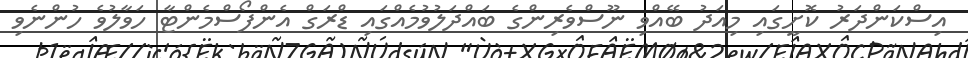
އިސްކަންދަރު ކޮށީގައި މިއަދު ބޭއްވި ނޫސްވެރިންގެ ބައްދަލުވުމެއްގައި ޑްރަގް އެންފޯސްމެންޓާ ހަވާލުވެ ހުންނެވި